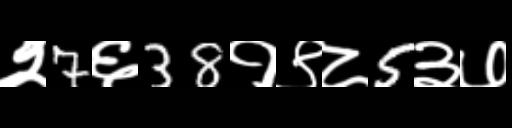
Text: २7६38१९८5३७